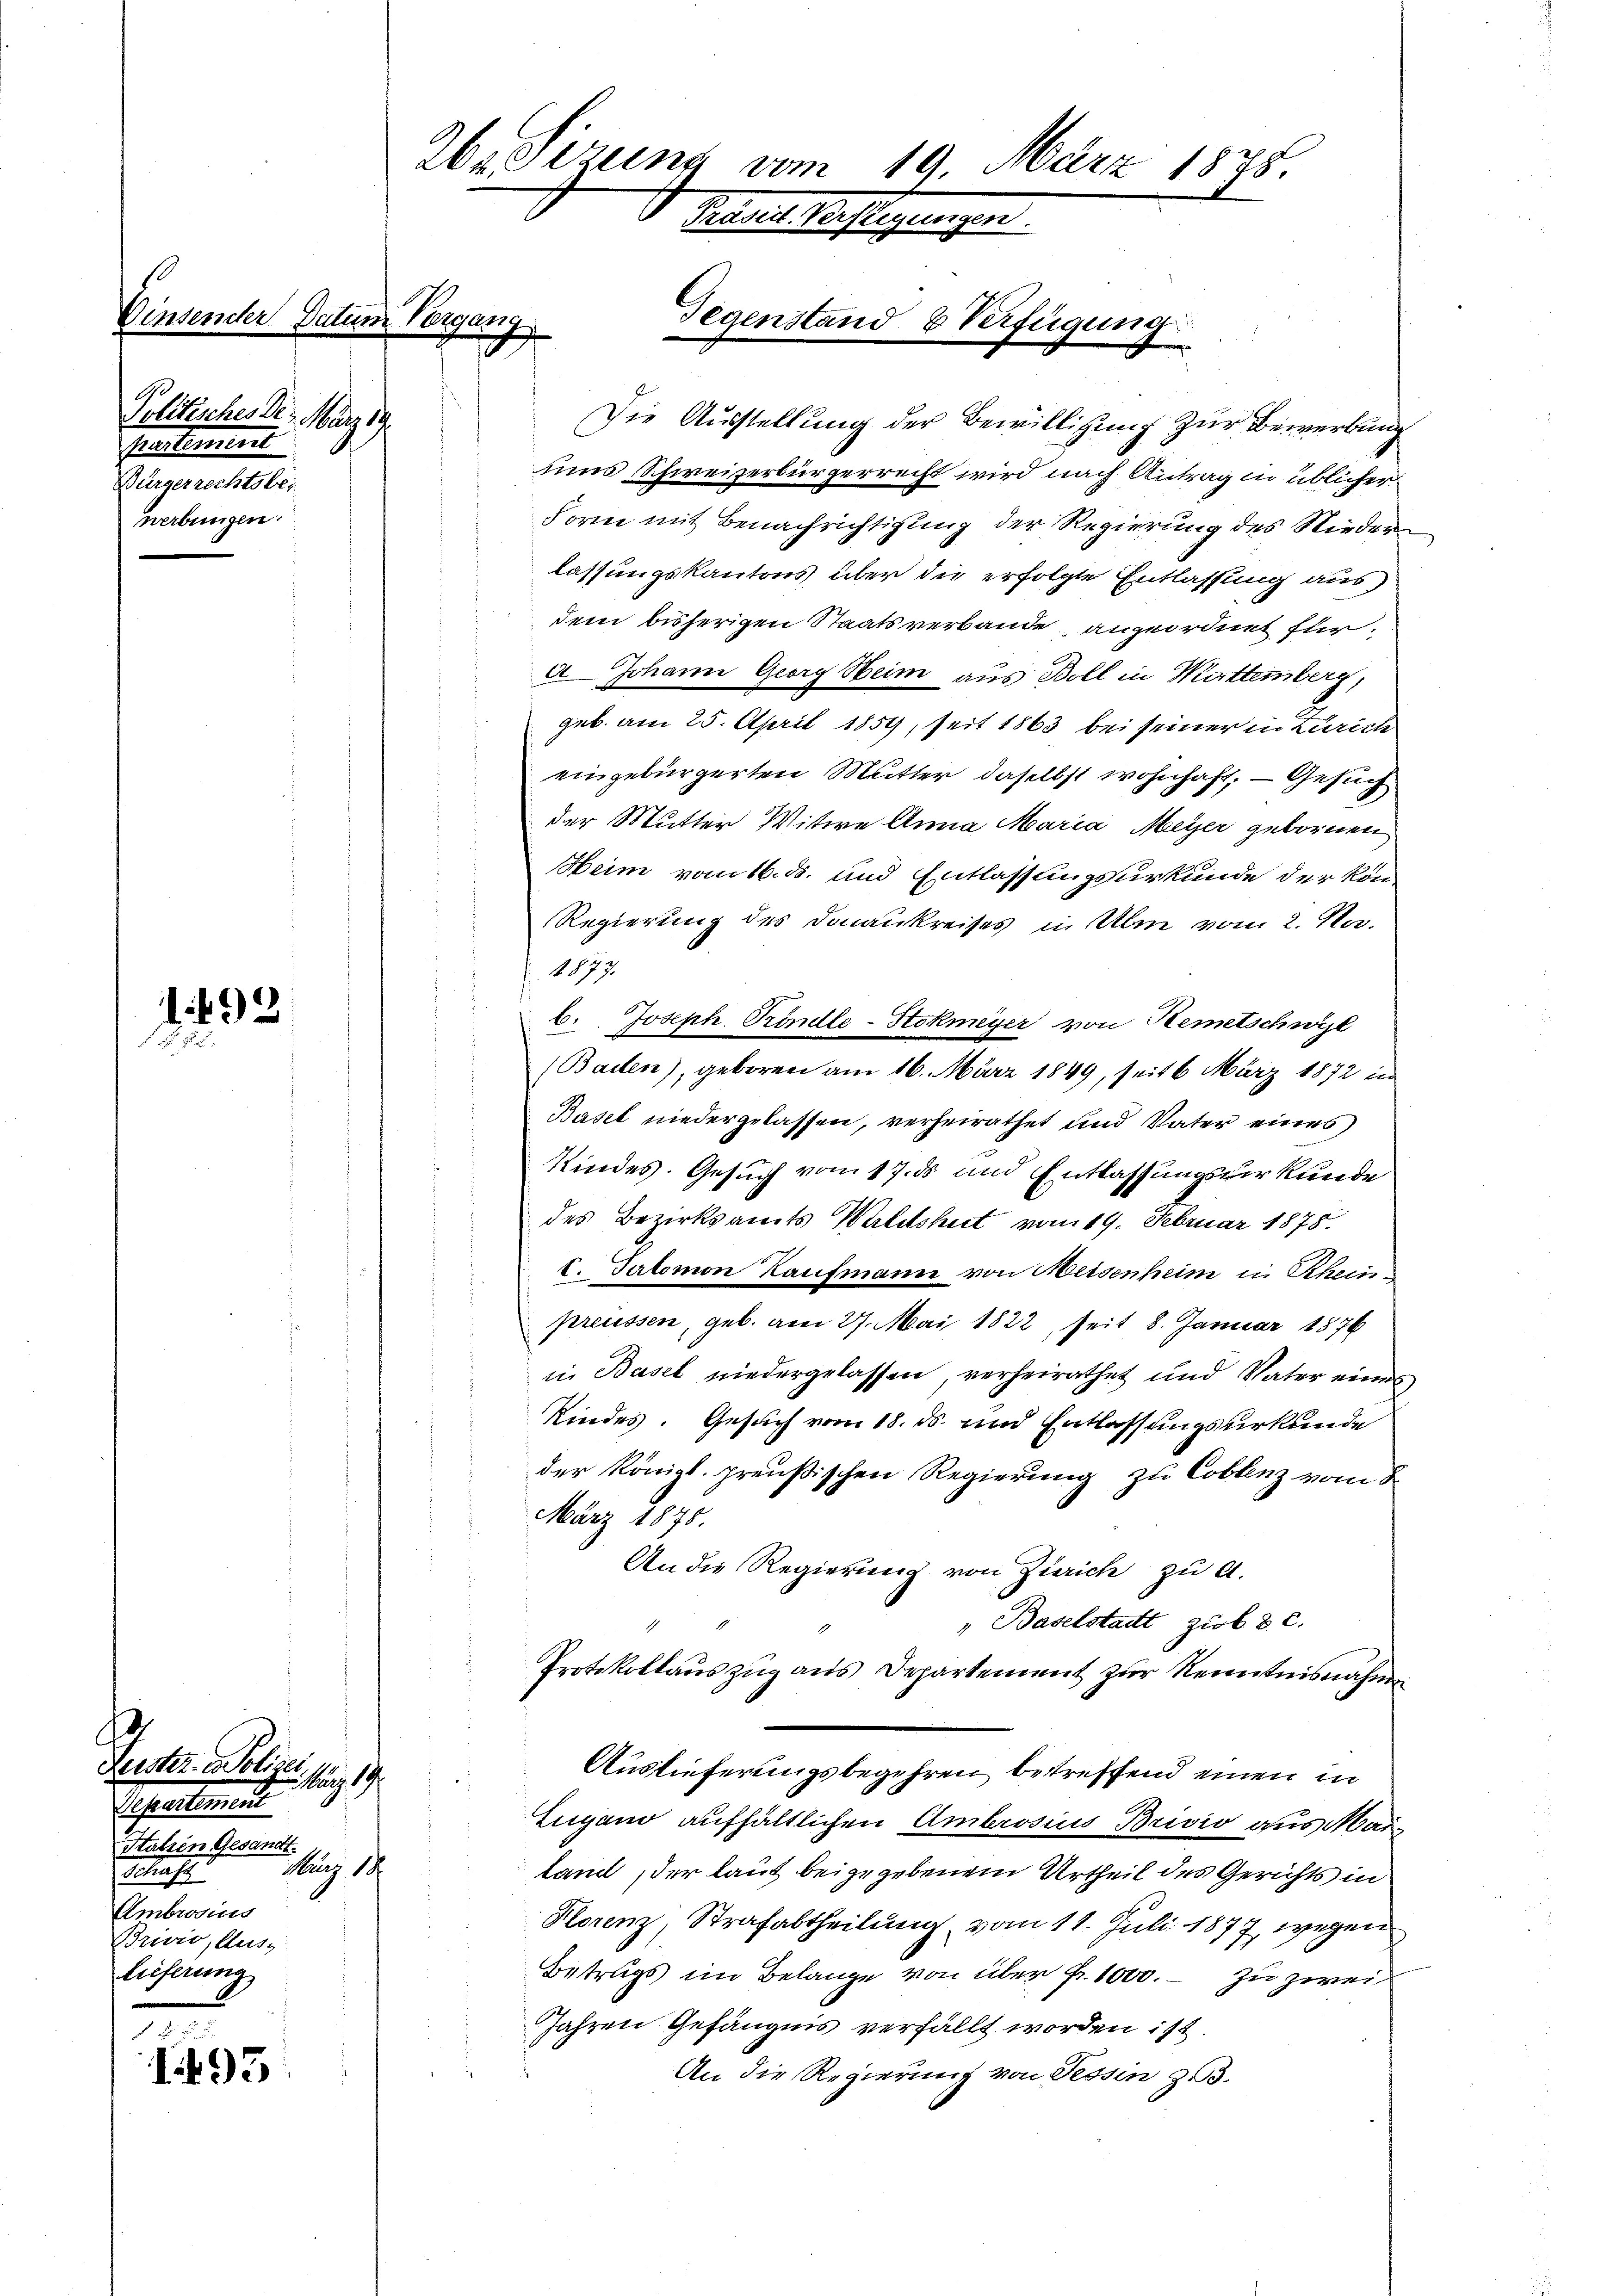
1

Politisches Dr. März 19.
partement
Bürgerrechtsbei
werbungen.

1492

e
1493

Vinsender Datum Vergang

Peter Polic
März 19
Schautend
Stutzen Gesandt.
Aug. 14.
Schaft
Embrosius
Brivio, Aus-
lieferung

26. Sezung vom 19. März 1888.
Präsid. Verfügungen.

Gegenstand & Verfügung
F

Die Ausstellung der Bewilligung zur Bewerbung
ums Schweizerbürgerrecht wird nach Antrag in üblicher
Form mit Benachrichtigung der Regierung des Nieder
lassungskantons über die erfolgte Entlassung aus
dem bisherigen Staatsverbande, angeordnet füra Johann Georg Heim aus Boll in Muttemberg,
geb. am 25. April 1859, seit 1863 bei seiner in Zürich
eingebürgerten Mutter daselbst wohnhaft; — Gesuch
der Mutter Witwe Anna Maria Meyer gebornen
Heim vom 16. ds. und Entlassungsurkunde der kön
Regierung des Donaukreises in Üben vom 2. Na
1877.
b. Joseph. Prindle-Stokmeyer von Remetschwyl
(Baden), geboren am 16. März 1849, seit 6 März 1872 in
Basel niedergelassen, verheirathet und Vater eines
Kindes. Gesuch vom 17. ds und Entlassungsurkunde
des Bezirksamts Waldshut vom 19. Februar 1878.
s
I. Salomon Kaufmann von Weisenheim in Rheinpreussen, geb. am 27. Mai 1822, seit 8. Januar 1876
in Basel niedergelassen, verheirathet und Vater eines
Kindes. Gesuch vom 18. ds. und Entlassungsurkunde
der Königl. preußischen Regierung zu Coblenz vom 8
März 1875.
An die Regierung von Zürich zu A.
" Baselstatt zuob 8 c.
Protokollauszug aus Departement zur Kenntnisnahm
Auslieferungsbegehren betreffend einen in
Eugano aufhältlichen Ambrosius Brivio aus Mailand, der laut beigegebenem Urtheil des Gerichts in
Florenz, Strafabtheilung vom 11. Juli 1877 wegen
Betrugs im Belange von über Fr. 1000. zu zwei
Jahren Gefängnis verfällt worden ist.
An die Regierung von Tessin z. B.